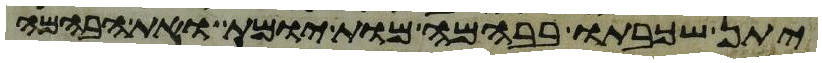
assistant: יתן שכבתו בבהמה מות יומת ואת הבהמה